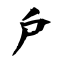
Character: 戶